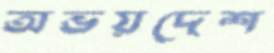
অভয়দেশ